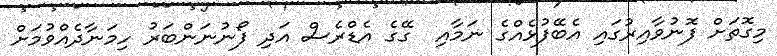
މިގޮތަށް ފޮނުވާއިރުގައި އެބޭފުޅެއްގެ ނަމާއި  ގޭގެ އެޑްރެސް އަދި ފޯނުނަންބަރު ހިމަނާދެއްވުމަށް